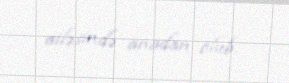
ailəsində anadan olub.